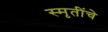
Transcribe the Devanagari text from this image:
स्मृतींचे